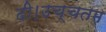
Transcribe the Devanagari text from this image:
दी।उच्चतम